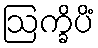
ဩက္ခိပိံ